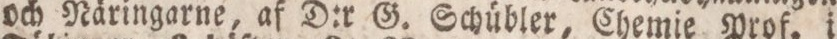
och Näringarne, af D:r G. Schübler, Chemie Prof. i